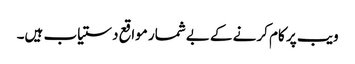
ویب پر کام کرنے کے بےشمار مواقع دستیاب ہیں۔